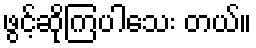
ဖွင့်ဆိုကြပါသေး တယ်။